Annual administration report of the Civil Veterinary Department of India - 1898-1899
Year: 1898
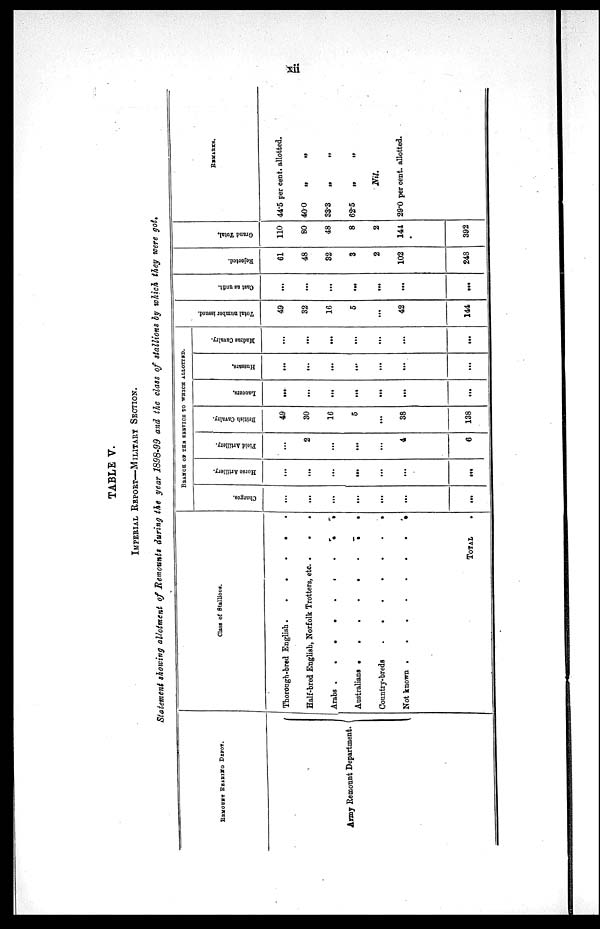
xii
TABLE V.
IMPERIAL REPORT—MILITARY SECTION.
Statement showing allotment of Remounts during the year 1898-99 and the class of stallions by which they were got.
REMOUNT REARING DEPOT.
Army Remount Department.
Class of Stallions.
Thorough-bred English . . . . . . . .
Half-bred English, Norfolk Trotters, etc. . . .
Arabs . . . . . . . .
Australians . . . . . . . .
Country-breds . . . . . . . .
Not known . . . . . . . .
TOTAL.
BRANCH OF THE SERVICE TO WHICH ALLOTTED.
Charges.
...
...
...
...
...
...
...
Horse Artillery.
...
...
...
...
...
...
...
Field Artillery.
...
2
...
...
...
4
6
British Cavalry.
49
30
16
5
...
38
138
Lancers.
...
...
...
...
...
...
...
Hussars.
...
...
...
...
...
...
...
Madras Cavalry.
...
...
...
...
...
...
...
Total number issued.
49
32
16
5
...
42
144
Cast as unfit.
...
...
...
...
...
...
...
Rejected.
61
48
32
3
2
102
248
Grand Total.
110
80
48
8
2
144
392
REMARKS.
44.5 per cent. allotted.
40.0
„
„
33.3
„
„
62.5 „ „
Nil.
29.0 per cent. allotted.